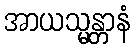
အာယသ္မန္တာနံ